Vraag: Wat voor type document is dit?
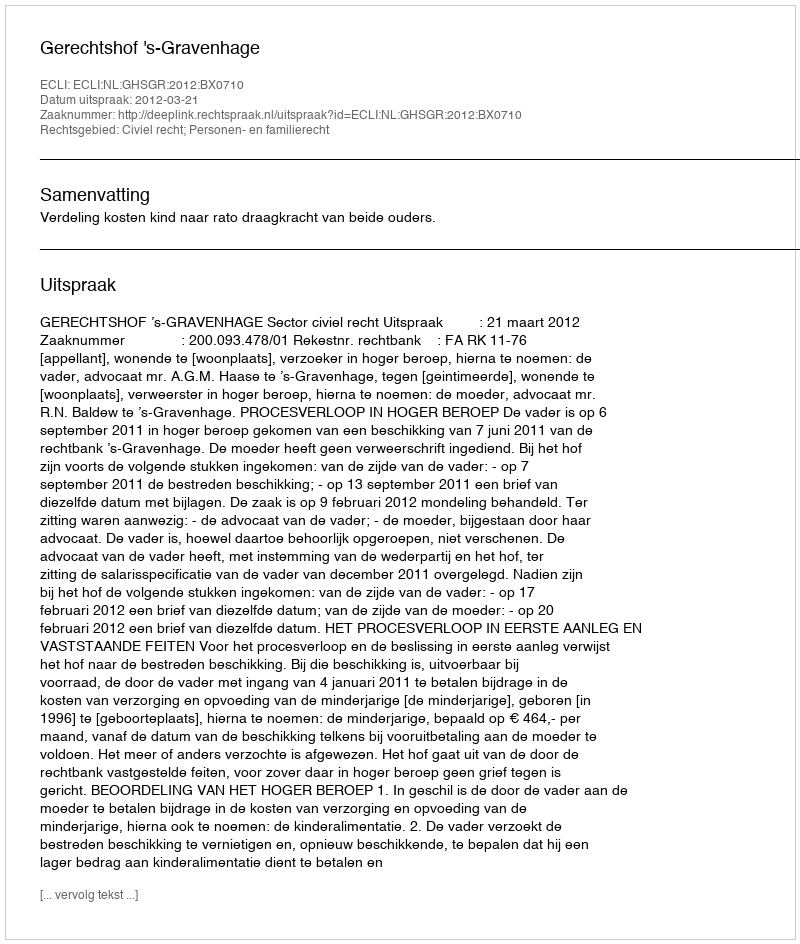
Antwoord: Uitspraak